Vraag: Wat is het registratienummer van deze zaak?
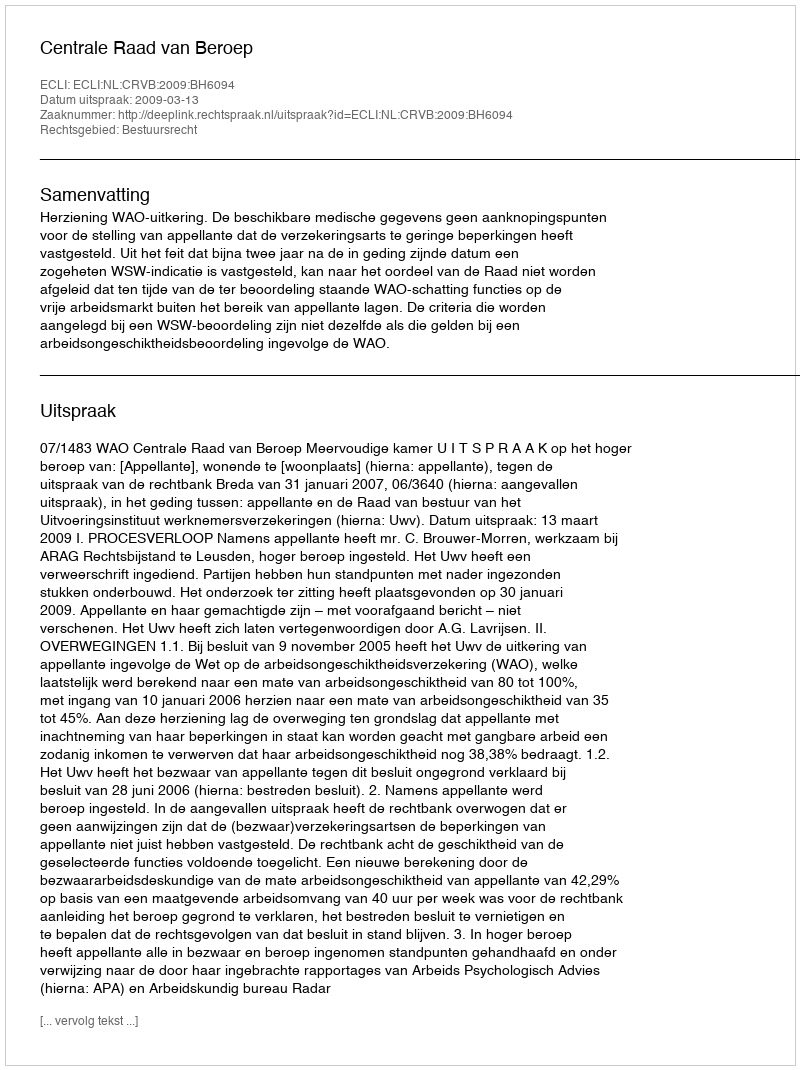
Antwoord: http://deeplink.rechtspraak.nl/uitspraak?id=ECLI:NL:CRVB:2009:BH6094